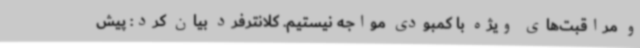
و مراقبت‌های ویژه با کمبودی مواجه نیستیم. کلانترفرد بیان کرد: پیش